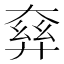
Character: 𡙘